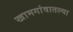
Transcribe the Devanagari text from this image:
खामगांवातल्या